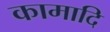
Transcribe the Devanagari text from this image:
कामादि